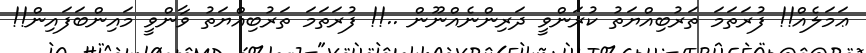
ޢަމަލެއް!! ފުރަތަމަ ތަރުބިއްޔަތު ކުރަންވީ ދަރިންނެއްނޫން ..!! ފުރަތަމަ ތަރުބިއްޔަތު ވާންވީ މައިންބަފައިން!!